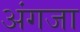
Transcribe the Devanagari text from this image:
अंगजा